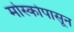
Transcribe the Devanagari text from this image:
मोस्कोपासून